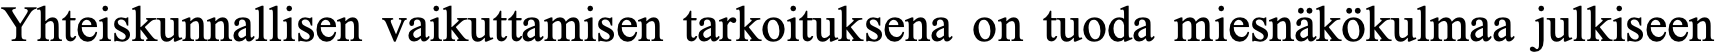
Yhteiskunnallisen vaikuttamisen tarkoituksena on tuoda miesnäkökulmaa julkiseen